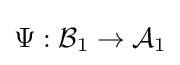
\Psi :{\mathcal {B}}_{1}\rightarrow {\mathcal {A}}_{1}